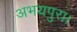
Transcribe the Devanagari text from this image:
अभयपुरा।